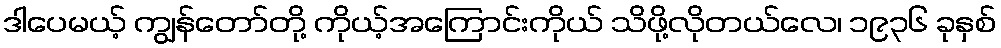
ဒါပေမယ့် ကျွန်တော်တို့ ကိုယ့်အကြောင်းကိုယ် သိဖို့လိုတယ်လေ၊ ၁၉၃၆ ခုနှစ်